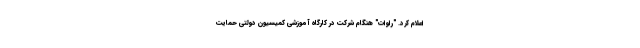
اعلام کرد. "راوات" هنگام شرکت در کارگاه آموزشی کمیسیون دولتی حمایت